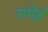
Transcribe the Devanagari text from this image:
एमेई